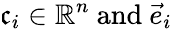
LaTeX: \mathfrak{c}_{i}\in\mathbb{{R}}^{n}{\mathrm{{~and~}}}{\vec{{e}}}_{i}